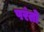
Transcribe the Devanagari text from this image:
परंतो